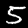
Digit: 5